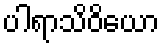
ပါရာသိဝိယော